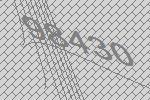
98430